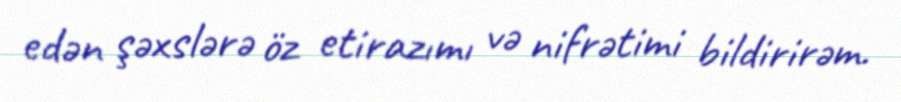
edən şəxslərə öz etirazımı və nifrətimi bildirirəm.